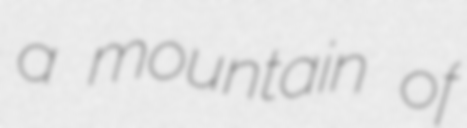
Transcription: a mountain of